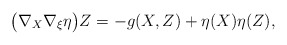
\begin{align*}\big( \nabla_X \nabla_{\xi} \eta \big) Z =-g(X,Z)+\eta(X)\eta(Z) ,\end{align*}